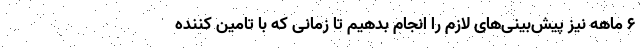
۶ ماهه نیز پیش‌بینی‌های لازم را انجام بدهیم تا زمانی که با تامین کننده